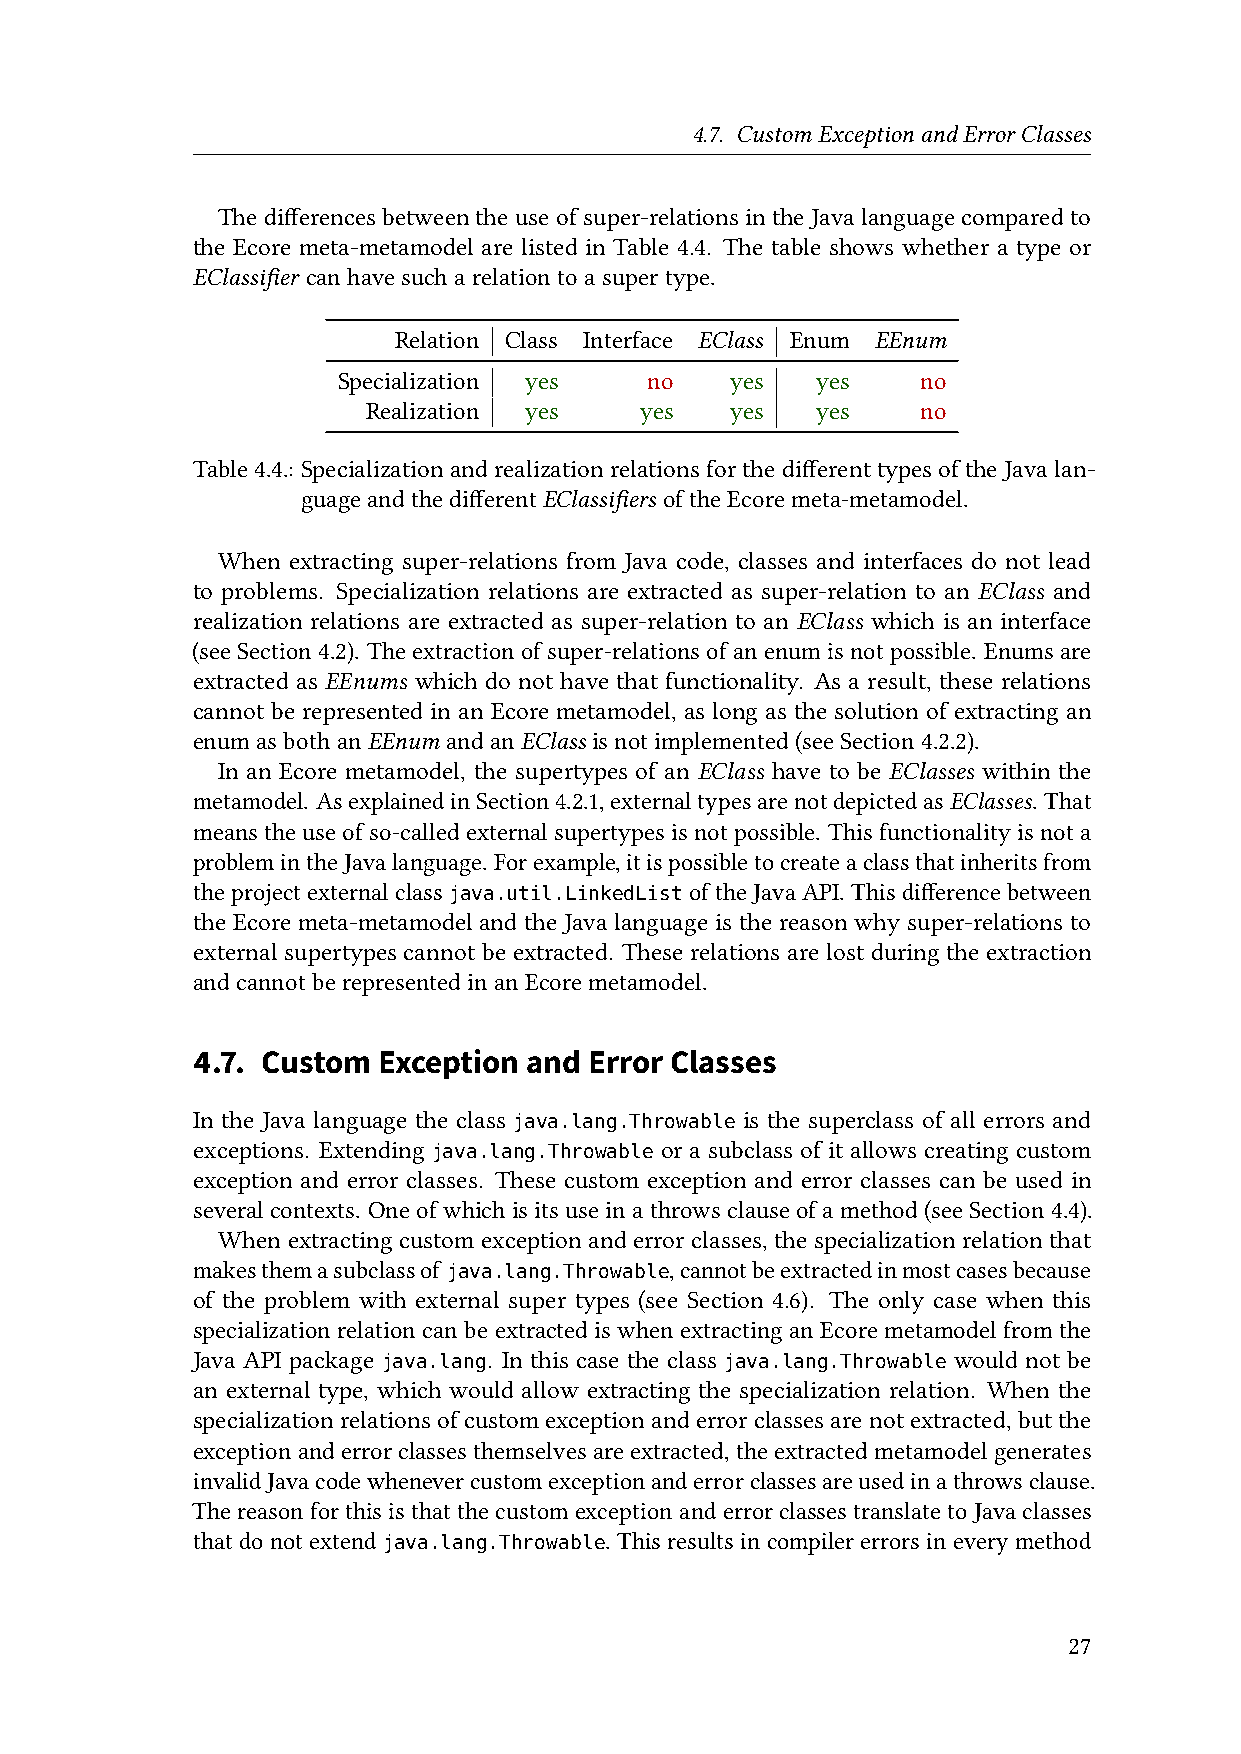
4.7. CustomExceptionandErrorClasses
 Thedifferencesbetweentheuseofsuper-relationsintheJavalanguagecomparedto
 the Ecore meta-metamodel are listed in Table 4.4. The table shows whether a type or
 EClassifier canhavesucharelationtoasupertype.
 Relation Class Interface EClass Enum EEnum
 Specialization yes   no   yes   yes    no
 Realization yes   yes   yes   yes    no
 Table4.4.:Specializationandrealization relationsforthe differenttypesofthe Javalan-
 guageandthedifferentEClassifiers oftheEcoremeta-metamodel.
 When extracting super-relations from Java code, classes and interfaces do not lead
 to problems. Specialization relations are extracted as super-relation to an EClass and
 realization relations are extracted as super-relation to an EClass which is an interface
 (seeSection4.2). Theextractionofsuper-relationsofanenumisnotpossible. Enumsare
 extracted as EEnums which do not have that functionality. As a result, these relations
 cannot be represented in an Ecore metamodel, as long as the solution of extracting an
 enumasbothanEEnum andanEClass isnotimplemented(seeSection4.2.2).
 In an Ecore metamodel, the supertypes of an EClass have to be EClasses within the
 metamodel. AsexplainedinSection4.2.1,externaltypesarenotdepictedasEClasses. That
 meanstheuseofso-calledexternalsupertypesisnotpossible. Thisfunctionalityisnota
 problemintheJavalanguage. Forexample,itispossibletocreateaclassthatinheritsfrom
 theprojectexternalclass          oftheJavaAPI.Thisdifferencebetween
 java.util.LinkedList
 the Ecore meta-metamodel and the Java language is the reason why super-relations to
 external supertypes cannot be extracted. These relations are lost during the extraction
 andcannotberepresentedinanEcoremetamodel.
 4.7. Custom Exception and Error Classes
 In the Java language the class      is the superclass of all errors and
 java.lang.Throwable
 exceptions. Extending          or a subclass of it allows creating custom
 java.lang.Throwable
 exception and error classes. These custom exception and error classes can be used in
 severalcontexts. Oneofwhichisitsuseinathrowsclauseofamethod(seeSection4.4).
 When extracting custom exception and error classes, the specialization relation that
 makesthemasubclassof           ,cannotbeextractedinmostcasesbecause
 java.lang.Throwable
 of the problem with external super types (see Section 4.6). The only case when this
 specializationrelation canbe extractedis whenextractingan Ecoremetamodel fromthe
 Java API package   . In this case the class       would not be
 java.lang              java.lang.Throwable
 an external type, which would allow extracting the specialization relation. When the
 specializationrelationsofcustomexceptionanderrorclassesarenotextracted,butthe
 exceptionand errorclasses themselvesareextracted, the extracted metamodelgenerates
 invalidJavacodewhenevercustomexceptionanderrorclassesareusedinathrowsclause.
 The reasonfor this is thatthe custom exception anderror classes translate toJava classes
 thatdonotextend            . Thisresultsincompilererrorsineverymethod
 java.lang.Throwable
 27